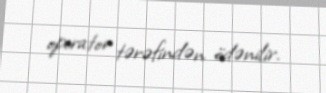
operator tərəfindən ödənilir.